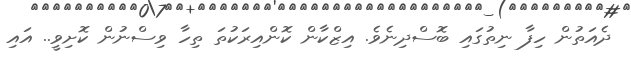
ދެއަތުން ހިފާ ނިތުގައި ބޮސްދިނެވެ. އިޒްކާން ކޮންއިރަކުތަ ތިހާ ވިސްނުން ކޮށިވީ.. އައި